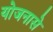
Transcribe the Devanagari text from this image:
योजनासे